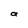
Character: a